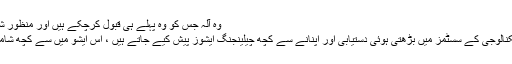
وہ آلہ جس کو وہ پہلے ہی قبول کرچکے ہیں اور منظور شدہ ہیں
اس ٹیکنالوجی کے سسٹمز میں بڑھتی ہوئی دستیابی اور اپنانے سے کچھ چیلینجنگ ایشوز پیش کیے جاتے ہیں ، اس ایشو میں سے کچھ شامل ہیں۔